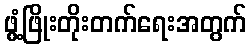
ဖွံ့ဖြိုးတိုးတက်ရေးအတွက်